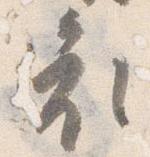
衣